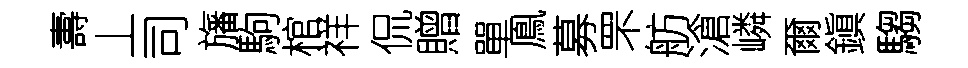
夀丄司旛駒棺祥侃贈單鳯募罘舫滄嶙爾鎭騶